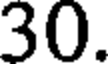
30.